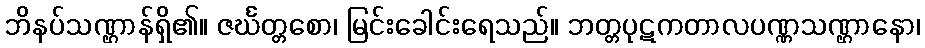
ဘိနပ်သဏ္ဌာန်ရှိ၏။ ဇင်္ဃတ္တစော၊ မြင်းခေါင်းရေသည်။ ဘတ္တပုဋကတာလပဏ္ဏသဏ္ဌာနော၊